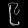
Digit: ၉